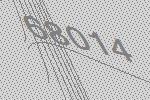
68014